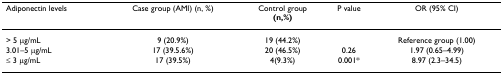
| Adiponectin levels | Case group (AMI) (n, %) | Control group(n,%) | P value | OR (95% CI) |
 | --- | --- | --- | --- | --- |
 | > 5 μg/mL | 9 (20.9%) | 19 (44.2%) |  | Reference group (1.00) |
 | 3.01–5 μg/mL | 17 (39.5.6%) | 20 (46.5%) | 0.26 | 1.97 (0.65–4.99) |
 | ≤ 3 μg/mL | 17 (39.5%) | 4(9.3%) | 0.001* | 8.97 (2.3–34.5) |